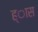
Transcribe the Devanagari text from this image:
ह्ास